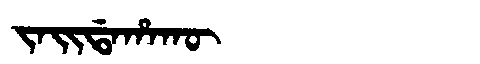
Manchu: ᠵᠠᡳᡩᠠᡥᠠᡴᡡ
Romanization: JAIDAHAKŪ